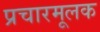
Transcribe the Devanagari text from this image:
प्रचारमूलक